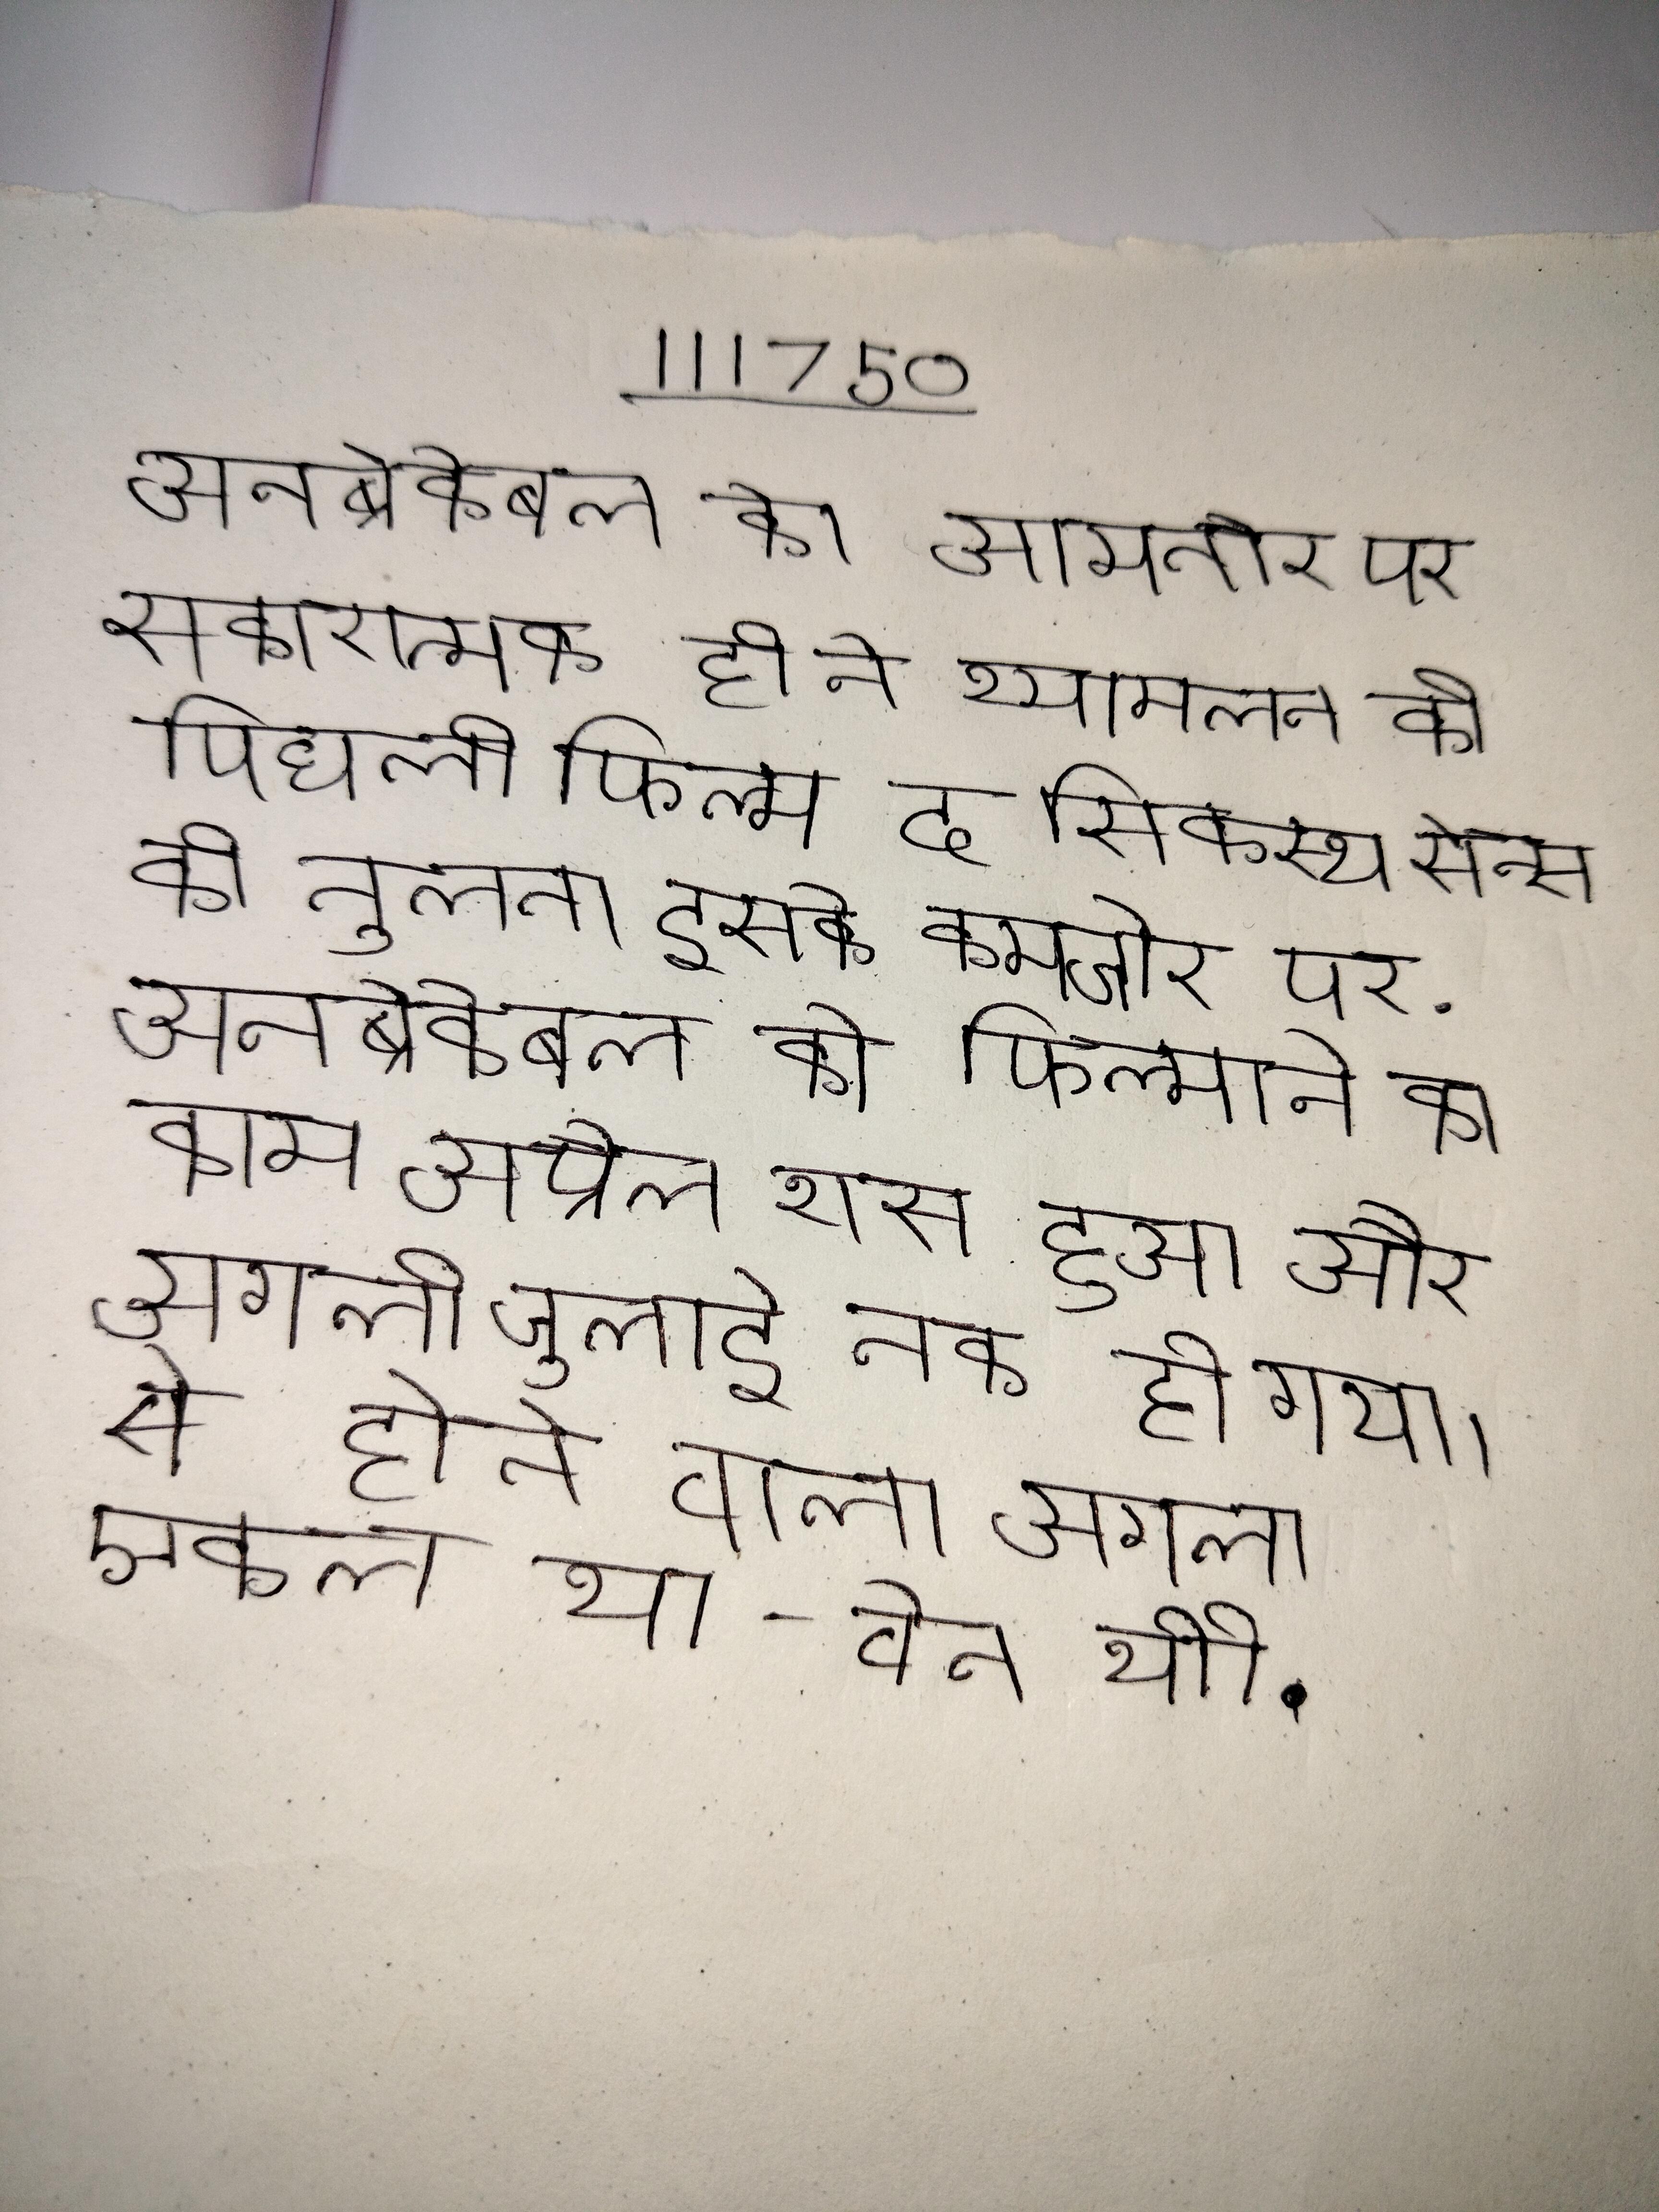
अनब्रेकेबल को आमतौर पर सकारात्मक ही ने श्यामलन की पिछली फिल्म द सिक्स्थ सेन्स की तुलना इसके कमजोर पर . अनब्रेकेबल को फिल्माने का काम अप्रैल शुरू हुआ और अगली जुलाई तक हो गया । से होने वाला अगला एकल था - वेन शी .